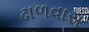
ઢાળવાસ